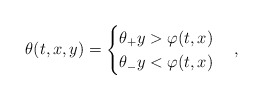
\begin{align*}\theta(t, x, y) = \begin{cases} \theta_+ y > \varphi(t, x) \\ \theta_- y < \varphi(t, x)\end{cases},\end{align*}